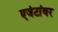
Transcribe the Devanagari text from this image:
एजंटांवर